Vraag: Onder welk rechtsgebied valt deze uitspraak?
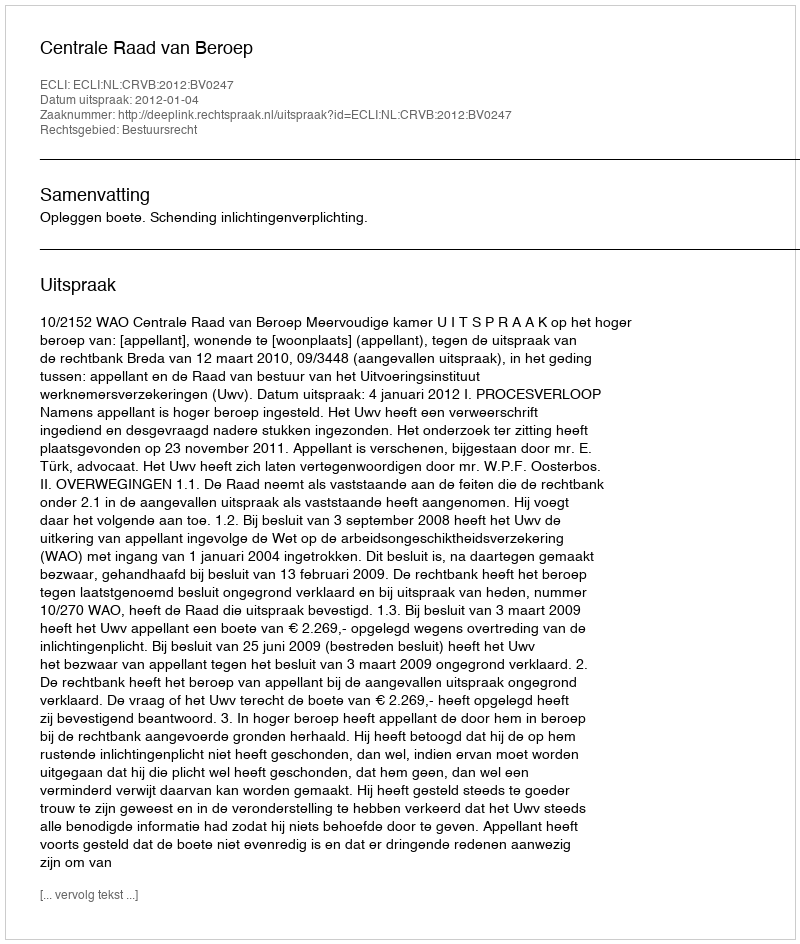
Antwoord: Bestuursrecht